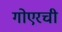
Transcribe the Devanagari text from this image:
गोएरची